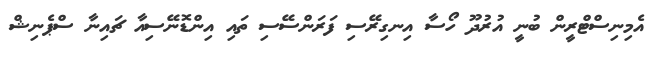
އެމިނިސްޓްރީން ބުނީ އުރުދޫ ހޯސާ އިނގިރޭސި ފަރަންސޭސި ތައި އިންޑޮނޭސިއާ ޗައިނާ ސްޕެނިޝް